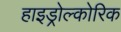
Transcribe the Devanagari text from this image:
हाइड्रोल्कोरिक